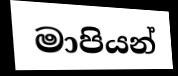
මාපියන්